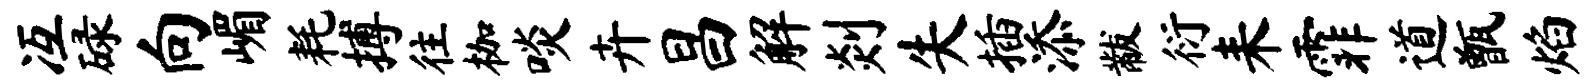
冱碌向嵋耗搏往枷啖卉昌解剡失插添黻衍耒霏道甑焰